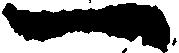
一